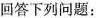
回答下列问题：